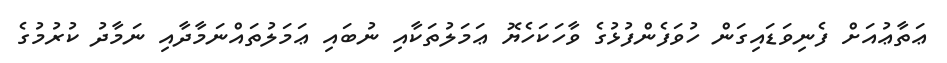
ޢަތާޢުއަށް ފެނިވަޑައިގަން ހުވަފެންފުޅުގެ ވާހަކަހެޔޮ ޢަމަލުތަކާއި ނުބައި ޢަމަލުތައްނަމާދާއި ނަމާދު ކުރުމުގެ